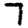
Digit: 7